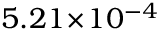
5 . 2 1 \! \times \! 1 0 ^ { - 4 }